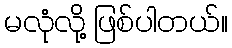
မလုံလို့ ဖြစ်ပါတယ်။